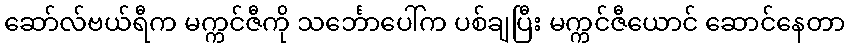
ဆော်လ်ဗယ်ရီက မက္ကင်ဇီကို သင်္ဘောပေါ်က ပစ်ချပြီး မက္ကင်ဇီယောင် ဆောင်နေတာ